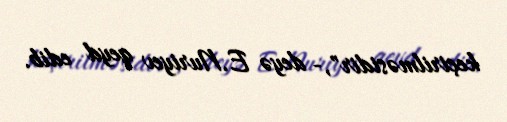
keçirilməsidir",- deyə E.Nuriyev qeyd edib.